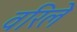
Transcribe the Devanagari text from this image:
वरिले